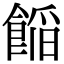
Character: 𮩁